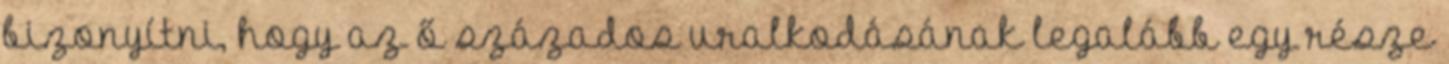
bizonyítni, hogy az ő százados uralkodásának legalább egy része